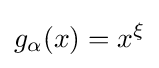
g_{\alpha }(x)=x^{\xi }